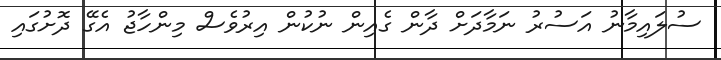
ސުލައިމާނު އަސުރު ނަމާދަށް ދާން ގެއިން ނުކުން އިރުވެސް މިންހާޖު އެގޭ ދޮށުގައި